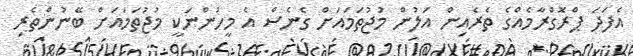
އެފަދަ ޕްރޮގްރާމެއްގެ ތެރެއިން އަލުން މުޖުތަމައަށް ގެނެސް އެ މީހުންނަކީ މުޖުތަމައަށް ބޭނުންތެރި